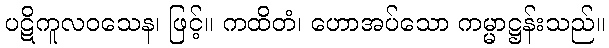
ပဋိကူလဝသေန၊ ဖြင့်။ ကထိတံ၊ ဟောအပ်သော ကမ္မာဋ္ဌန်းသည်။